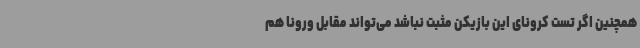
همچنین اگر تست کرونای این بازیکن مثبت نباشد می‌تواند مقابل ورونا هم